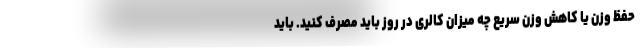
حفظ وزن یا کاهش وزن سریع چه میزان کالری در روز باید مصرف کنید. باید